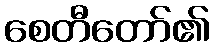
စေတီတော်၏